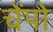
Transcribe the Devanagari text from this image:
चेंपो